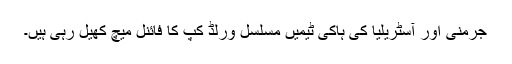
جرمنی اور آسٹریلیا کی ہاکی ٹیمیں مسلسل ورلڈ کپ کا فائنل میچ کھیل رہی ہیں۔